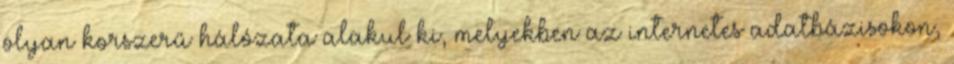
olyan korszerű hálózata alakul ki, melyekben az internetes adatbázisokon,